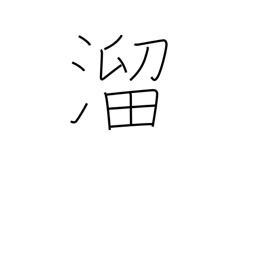
Meaning: collect